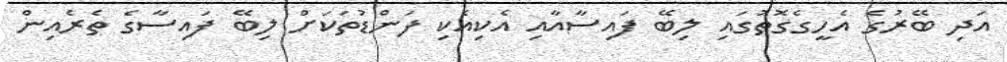
އަދި ބޭރުގެ އެހީގެގޮތުގައި ލިބޭ ފައިސާއާއި އެކިއެކި ފަންޑުތަކަށް ލިބޭ ފައިސާގެ ތެރެއިން